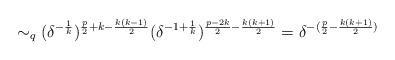
LaTeX: \begin{align*}\sim_{q} (\delta^{-\frac{1}{k}})^{\frac{p}{2}+k-\frac{k(k-1)}{2}} (\delta^{-1+\frac{1}{k}})^{\frac{p-2k}{2}-\frac{k(k+1)}{2}} = \delta^{-(\frac{p}{2} - \frac{k(k+1)}{2} )}\end{align*}